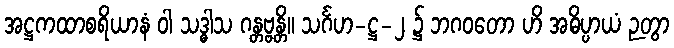
အဋ္ဌကထာစရိယာနံ ဝါ သဒ္ဓါသ ဂန္တဗ္ဗန္တိ။ သင်္ဂဟ-ဋ္ဌ-၂ ၌ ဘဂဝတော ဟိ အဓိပ္ပာယံ ဉတွာ